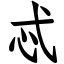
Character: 忒